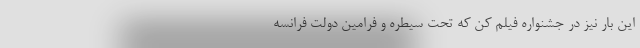
این بار نيز در جشنواره فيلم کن كه تحت سيطره و فرامين دولت فرانسه